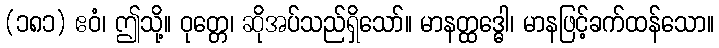
(၁၈၁) ဧဝံ၊ ဤသို့။ ဝုတ္တေ၊ ဆိုအပ်သည်ရှိသော်။ မာနတ္ထဒ္ဓေါ၊ မာနဖြင့်ခက်ထန်သော။